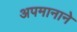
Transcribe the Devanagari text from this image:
अपमानाने